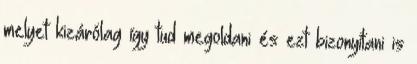
melyet kizárólag így tud megoldani és ezt bizonyítani is